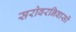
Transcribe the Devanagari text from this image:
सरोवरनिवासों